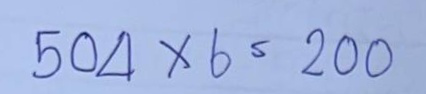
504 x 6 = 200